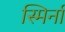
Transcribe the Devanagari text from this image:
स्मिर्ना